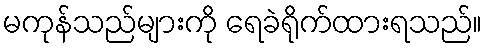
မကုန်သည်များကို ရေခဲရိုက်ထားရသည်။